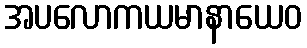
အပလောကယမာနာယေဝ